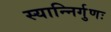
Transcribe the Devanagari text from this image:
स्यान्निर्गुणः